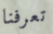
تعرفنا